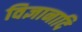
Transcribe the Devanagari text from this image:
विज्ञानादि